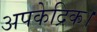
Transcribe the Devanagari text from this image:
अपकेद्रिक।